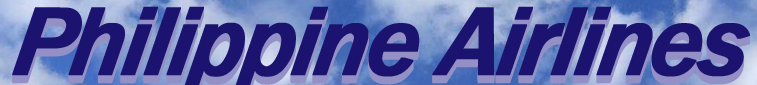
Philippine Airlines